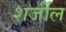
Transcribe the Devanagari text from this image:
शर्जील